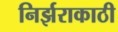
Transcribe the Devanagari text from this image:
निर्झराकाठी